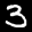
Label: 3